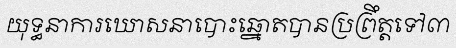
យុទ្ធនាការឃោសនាបោះឆ្នោតបានប្រព្រឹត្តទៅ៣